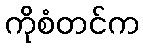
ကိုစံတင်က